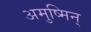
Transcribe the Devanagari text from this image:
अमुष्मिन्